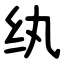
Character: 纨